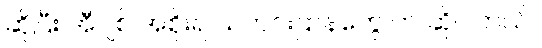
ဆိုပြီး အီဂျစ် အစိုးရ သတင်းဌာနတွေ က ဆိုပါတယ်။